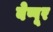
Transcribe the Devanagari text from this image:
बेप्पूर